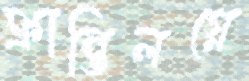
ক্রান্তিলগ্নে